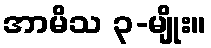
အာမိသ ၃-မျိုး။